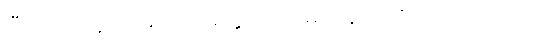
ပြီးလျှင် သူက မဆိုင်းမတွ လက်မှတ်ရေးထိုး လိုက်သည်။